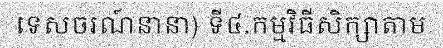
ទេសចរណ៍នានា) ទី៤.កម្មវិធីសិក្សាតាម